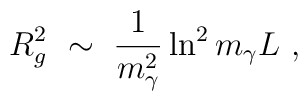
R^2_g\ \sim\ \frac1{m^2_\gamma}\ln^2m_\gamma L\ ,